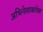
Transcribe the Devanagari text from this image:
अभिनेत्याबरोबर